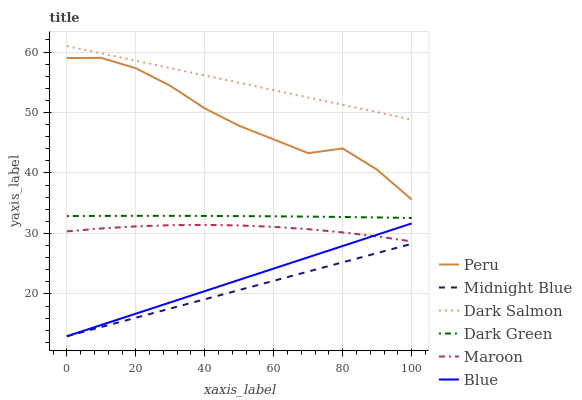
| xaxis_label | Peru | Midnight Blue | Dark Salmon | Dark Green | Maroon | Blue |
 | --- | --- | --- | --- | --- | --- | --- |
 | 0 | 59 | 13 | 61 | 32.9 | 30.3 | 13 |
 | 10 | 59 | 14.5 | 59.8 | 32.9 | 30.8 | 14.9 |
 | 20 | 57.3 | 16.1 | 58.6 | 32.9 | 31.2 | 16.7 |
 | 30 | 54.4 | 17.6 | 57.4 | 32.9 | 31.4 | 18.6 |
 | 40 | 50.7 | 19.1 | 56.1 | 32.9 | 31.4 | 20.5 |
 | 50 | 47.8 | 20.6 | 54.9 | 32.9 | 31.3 | 22.3 |
 | 60 | 45.6 | 22.2 | 53.7 | 32.8 | 31.1 | 24.2 |
 | 70 | 43.3 | 23.7 | 52.5 | 32.8 | 30.7 | 26.1 |
 | 80 | 44.1 | 25.2 | 51.3 | 32.7 | 30.2 | 27.9 |
 | 90 | 40.5 | 26.8 | 50.1 | 32.6 | 29.5 | 29.8 |
 | 100 | 35.6 | 28.3 | 48.8 | 32.6 | 28.7 | 31.7 |